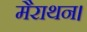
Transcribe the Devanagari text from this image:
मैराथन।